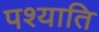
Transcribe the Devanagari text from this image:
पश्याति